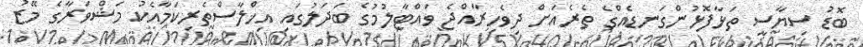
ބޮޑު ސިޔާސީ ތަޅާފޮޅުންގަނޑެއްގެ ތެރެއަށް ދިވެހިރާއްޖެ ވައްޓާލުމުގެ ބަދަލުގައި އިޚްލާސްތެރިކަމާއެކު މަޝްވަރާގެ މޭޒު